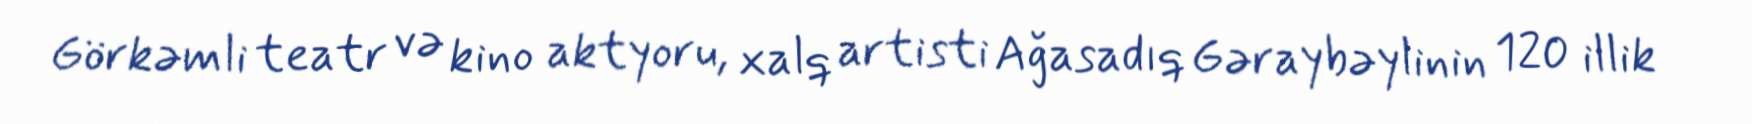
Görkəmli teatr və kino aktyoru, xalq artisti Ağasadıq Gəraybəylinin 120 illik